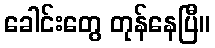
ခေါင်းတွေ တုန်နေပြီ။